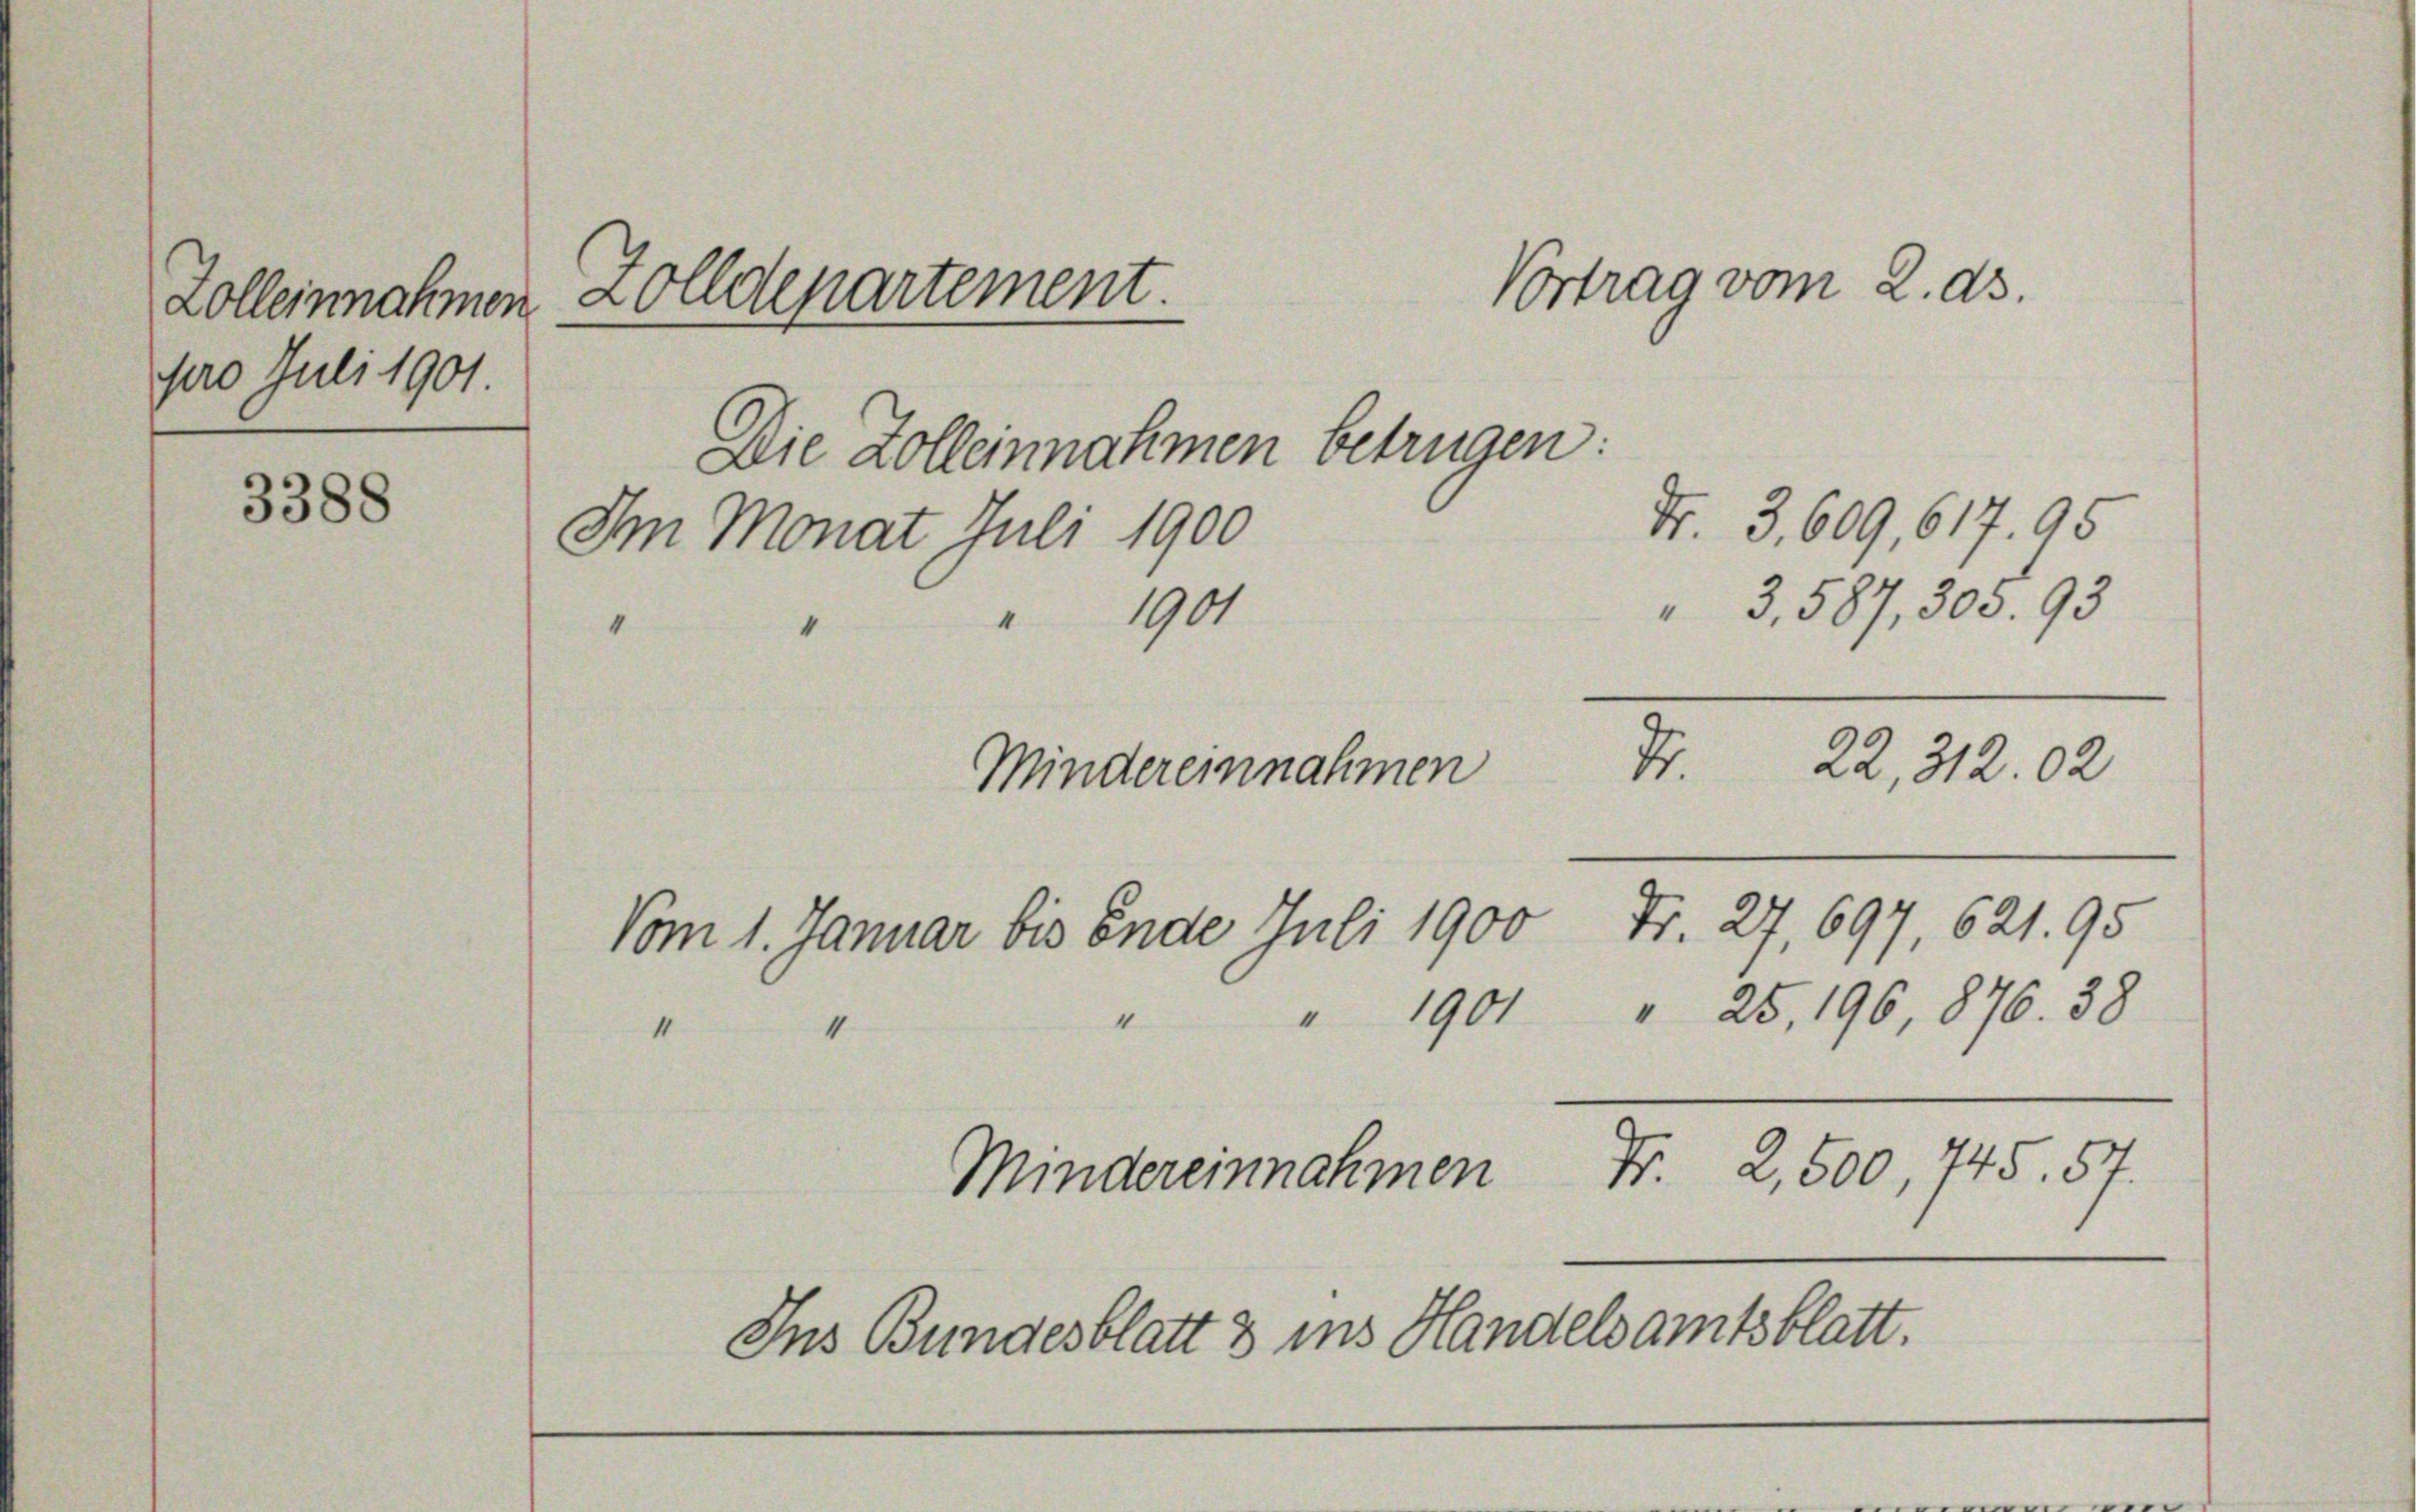
Zolleinnahmen
pro Juli 1901.

Zolldepartement.
Die Zolleinnahmen betrügen:
3388
Nr. 3. 609,617. 95
Im Monat Juli 1900
3,587, 305. 93
" " " 1901
22, 312. 02
2.
Mindereinnahmen

Vom 1. Januar bis Ende Juli 1900 Fr. 27, 697, 621. 95

Vortrag vom 2. ds.

4
4
Mindereinnahmen Fr. 2,500, 745. 57.
Ins Bundesblatt 3 ins Handelsamtsblatt.

" 1901 " 25, 196, 876. 38